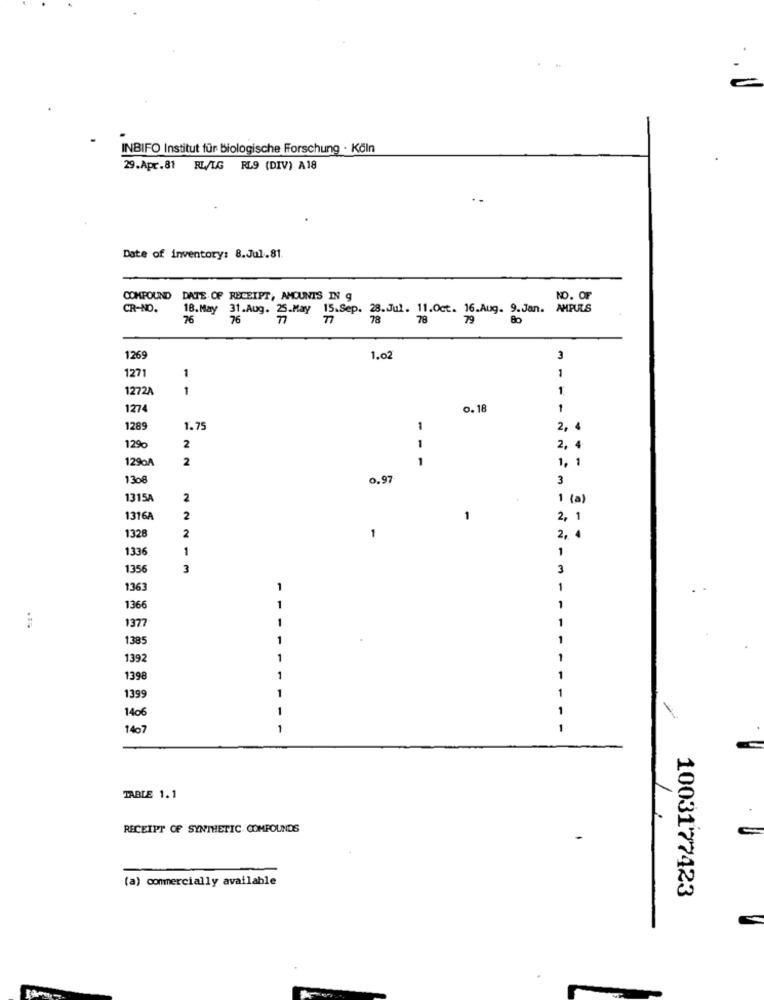
INBIFO Institut für Biologische Forschung · Köln
29.Apr.81 RL/LG RL9 (DIV) A18
Date of inventory: 8.Jul.81.
COMPOUND DATE OF RECEIPT, AMOUNTS IN g
NO. OF
CR-NO.
18.May 31.Aug. 25.May 15.Sep. 28. Jul. 11.Oct. 16.Aug. 9.Jan.
AMPULS
76
76
78
78
79
Bo
1269
1.02
3
127
1
1
1272A
1
1
1274
0.18
1
1289
1.7
1
. 4
N
129
2
1
2, 4
1290A
2
1
1. 1
1308
0.97
3
1315A
2
1 (a)
1316A
2
-
2, 1
1328
2
1
2, 4
133
1
1
135
3
3
1363
1
1
1
1366
1377
1
138
1392
139
1
1399
14o
-
-
1407
1
TABLE 1.1
RECEIPT OF SYNTHETIC COMPOUNDS
(a) commercially available
1003177423